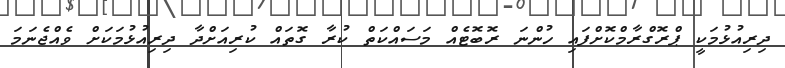
ދިރިއުޅުމަކީ ޕްރޮގްރާމްކޮށްފައި ހުންނަ ރޮބޮޓެއް މަސައްކަތް ކުރާ ގޮތައް ކުރިއަށްދާ ދިރިއުޅުމަކަށް ވެއްޖެނަމަ